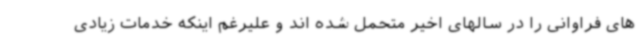
های فراوانی را در سالهای اخیر متحمل شده اند و علیرغم اینکه خدمات زیادی